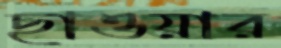
ছাওয়ার